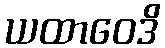
ယထာဝေဒိ